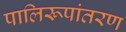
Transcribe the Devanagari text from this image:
पालिरूपांतरण